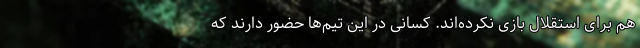
هم برای استقلال بازی نکرده‌اند. کسانی در این تیم‌ها حضور دارند که